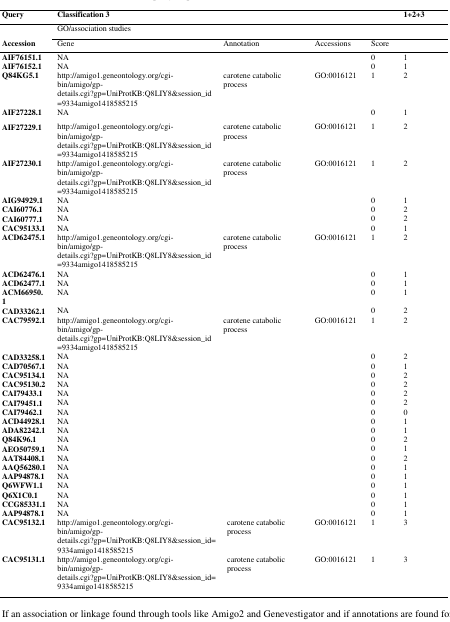
<table><thead><tr><td><b>Query</b></td><td colspan="5"><b>Classification 3</b></td><td><b>1+2+3</b></td></tr><tr><td><b> </b></td><td colspan="5"><b>GO/association studies</b></td><td><b> </b></td></tr><tr><td><b>Accession</b></td><td><b>Gene</b></td><td colspan="2"><b>Annotation</b></td><td><b>Accessions</b></td><td><b>Score</b></td><td><b> </b></td></tr></thead><tbody><tr><td><b>AIF76151.1</b></td><td colspan="4">NA</td><td>0</td><td>1</td></tr><tr><td><b>AIF76152.1</b></td><td colspan="4">NA</td><td>0</td><td>1</td></tr><tr><td><b>Q84KG5.1</b></td><td>http://amigo1.geneontology.org/cgi-bin/amigo/gp-details.cgi?gp=UniProtKB:Q8LIY8&amp;session_id=9334amigo1418585215</td><td colspan="2">carotene catabolic process</td><td>GO:0016121</td><td>1</td><td>2</td></tr><tr><td><b>AIF27228.1</b></td><td colspan="4">NA</td><td>0</td><td>1</td></tr><tr><td><b>AIF27229.1</b></td><td>http://amigo1.geneontology.org/cgi-bin/amigo/gp-details.cgi?gp=UniProtKB:Q8LIY8&amp;session_id=9334amigo1418585215</td><td colspan="2">carotene catabolic process</td><td>GO:0016121</td><td>1</td><td>2</td></tr><tr><td><b>AIF27230.1</b></td><td>http://amigo1.geneontology.org/cgi-bin/amigo/gp-details.cgi?gp=UniProtKB:Q8LIY8&amp;session_id=9334amigo1418585215</td><td colspan="2">carotene catabolic process</td><td>GO:0016121</td><td>1</td><td>2</td></tr><tr><td><b>AIG94929.1</b></td><td colspan="4">NA</td><td>0</td><td>1</td></tr><tr><td><b>CAI60776.1</b></td><td colspan="4">NA</td><td>0</td><td>2</td></tr><tr><td><b>CAI60777.1</b></td><td colspan="4">NA</td><td>0</td><td>2</td></tr><tr><td><b>CAC95133.1</b></td><td colspan="4">NA</td><td>0</td><td>1</td></tr><tr><td><b>ACD62475.1</b></td><td>http://amigo1.geneontology.org/cgi-bin/amigo/gp-details.cgi?gp=UniProtKB:Q8LIY8&amp;session_id=9334amigo1418585215</td><td colspan="2">carotene catabolic process</td><td>GO:0016121</td><td>1</td><td>2</td></tr><tr><td><b>ACD62476.1</b></td><td colspan="4">NA</td><td>0</td><td>1</td></tr><tr><td><b>ACD62477.1</b></td><td colspan="4">NA</td><td>0</td><td>1</td></tr><tr><td><b>ACM66950.1</b></td><td colspan="4">NA</td><td>0</td><td>1</td></tr><tr><td><b>CAD33262.1</b></td><td colspan="4">NA</td><td>0</td><td>2</td></tr><tr><td><b>CAC79592.1</b></td><td>http://amigo1.geneontology.org/cgi-bin/amigo/gp-details.cgi?gp=UniProtKB:Q8LIY8&amp;session_id=9334amigo1418585215</td><td colspan="2">carotene catabolic process</td><td>GO:0016121</td><td>1</td><td>2</td></tr><tr><td><b>CAD33258.1</b></td><td colspan="4">NA</td><td>0</td><td>2</td></tr><tr><td><b>CAD70567.1</b></td><td colspan="4">NA</td><td>0</td><td>1</td></tr><tr><td><b>CAC95134.1</b></td><td colspan="4">NA</td><td>0</td><td>2</td></tr><tr><td><b>CAC95130.2</b></td><td colspan="4">NA</td><td>0</td><td>2</td></tr><tr><td><b>CAI79433.1</b></td><td colspan="4">NA</td><td>0</td><td>2</td></tr><tr><td><b>CAI79451.1</b></td><td colspan="4">NA</td><td>0</td><td>2</td></tr><tr><td><b>CAI79462.1</b></td><td colspan="4">NA</td><td>0</td><td>0</td></tr><tr><td><b>ACD44928.1</b></td><td colspan="4">NA</td><td>0</td><td>1</td></tr><tr><td><b>ADA82242.1</b></td><td colspan="4">NA</td><td>0</td><td>1</td></tr><tr><td><b>Q84K96.1</b></td><td colspan="4">NA</td><td>0</td><td>2</td></tr><tr><td><b>AEO50759.1</b></td><td colspan="4">NA</td><td>0</td><td>1</td></tr><tr><td><b>AAT84408.1</b></td><td colspan="4">NA</td><td>0</td><td>2</td></tr><tr><td><b>AAQ56280.1</b></td><td colspan="4">NA</td><td>0</td><td>1</td></tr><tr><td><b>AAP94878.1</b></td><td colspan="4">NA</td><td>0</td><td>1</td></tr><tr><td><b>Q6WFW1.1</b></td><td colspan="4">NA</td><td>0</td><td>1</td></tr><tr><td><b>Q6X1C0.1</b></td><td colspan="4">NA</td><td>0</td><td>1</td></tr><tr><td><b>CCG85331.1</b></td><td colspan="4">NA</td><td>0</td><td>1</td></tr><tr><td><b>AAP94878.1</b></td><td colspan="4">NA</td><td>0</td><td>1</td></tr><tr><td><b>CAC95132.1</b></td><td colspan="2">http://amigo1.geneontology.org/cgi-bin/amigo/gp-details.cgi?gp=UniProtKB:Q8LIY8&amp;session_id=9334amigo1418585215</td><td>carotene catabolic process</td><td>GO:0016121</td><td>1</td><td>3</td></tr><tr><td><b>CAC95131.1</b></td><td colspan="2">http://amigo1.geneontology.org/cgi-bin/amigo/gp-details.cgi?gp=UniProtKB:Q8LIY8&amp;session_id=9334amigo1418585215</td><td>carotene catabolic process</td><td>GO:0016121</td><td>1</td><td>3</td></tr></tbody></table>